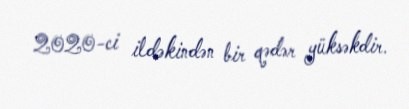
2020-ci ildəkindən bir qədər yüksəkdir.